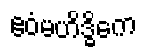
ဧဝံမဟိဒ္ဓိကေ